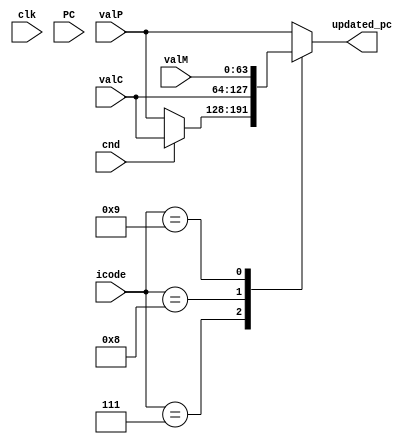

module pc_update(
  input clk,          
  input cnd,         
  input [3:0] icode,  
  input [63:0] valC,  
  input [63:0] valP,  
  input [63:0] valM,  
  input [63:0] PC,  
  output reg [63:0] updated_pc
);

  always @(*) begin

    case (icode)
      4'b0111: begin // jxx
        if (cnd == 1'b1)  
          updated_pc = valC;
        else 
          updated_pc = valP; 
      end
      4'b1000: updated_pc = valC; // Call 
      4'b1001: updated_pc = valM; // Return 
      default: updated_pc = valP; // Other Stuff
    endcase
  end

endmodule